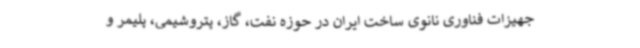
جهیزات فناوری نانوی ساخت ایران در حوزه نفت، گاز، پتروشیمی، پلیمر و